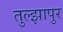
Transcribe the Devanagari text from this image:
तुल्झापुर